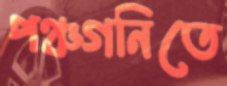
পঞ্চগনিতে